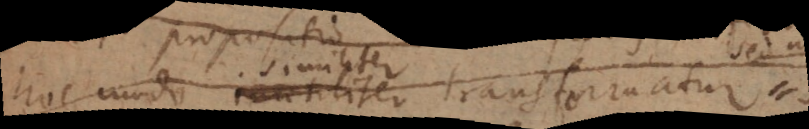
hoc modo inutiliter transformatur,